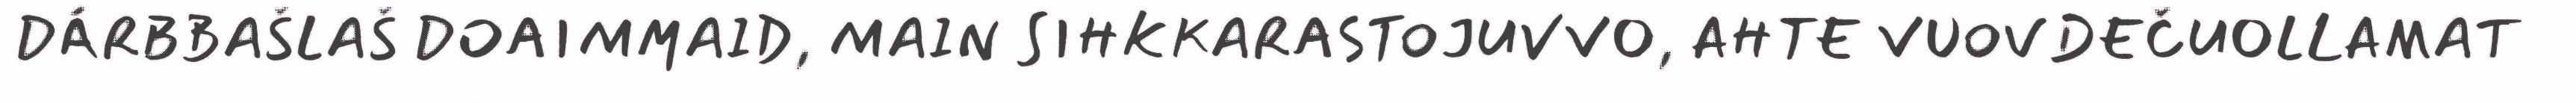
DÁRBBAŠLAŠ DOAIMMAID, MAIN SIHKKARASTOJUVVO, AHTE VUOVDEČUOLLAMAT